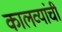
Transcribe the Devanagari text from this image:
कालव्यांची